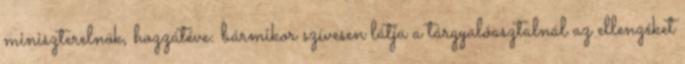
miniszterelnök, hozzátéve: bármikor szívesen látja a tárgyalóasztalnál az ellenzéket